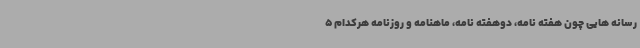
رسانه هایی چون هفته نامه، دوهفته نامه، ماهنامه و روزنامه هرکدام 5